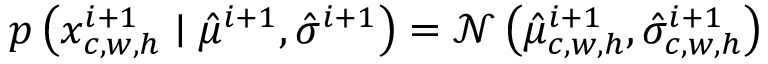
\begin{array} { r } { p \left( x _ { c , w , h } ^ { i + 1 } \mid \hat { \mu } ^ { i + 1 } , \hat { \sigma } ^ { i + 1 } \right) = \mathcal { N } \left( \hat { \mu } _ { c , w , h } ^ { i + 1 } , \hat { \sigma } _ { c , w , h } ^ { i + 1 } \right) } \end{array}